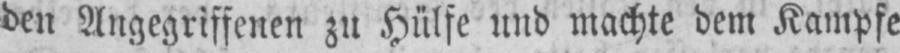
den Angegriffenen zu Hülfe und machte dem Kampfe